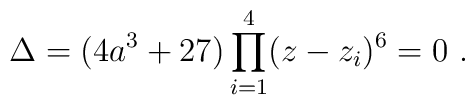
\Delta=(4a^3+27) \prod^4_{i=1} (z-z_i)^6 = 0 \ .